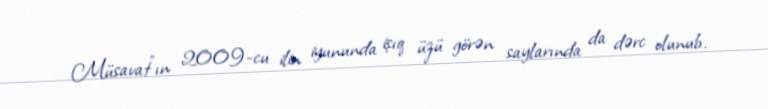
Müsavat”ın 2009-cu ilin iyununda işıq üzü görən saylarında da dərc olunub.